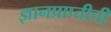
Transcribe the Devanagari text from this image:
ज्ञानप्राप्तीची